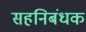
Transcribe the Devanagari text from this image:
सहनिबंधक